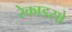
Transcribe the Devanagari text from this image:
रेकाडसो